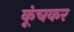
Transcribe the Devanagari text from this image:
कूंचकर